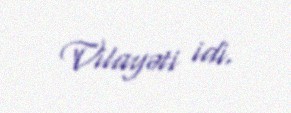
Vilayəti idi.